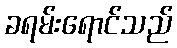
ခရမ်းရောင်သည်